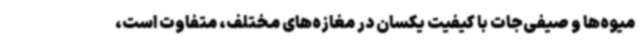
میوه‌ها و صیفی‌جات با کیفیت یکسان در مغازه‌های مختلف، متفاوت است،